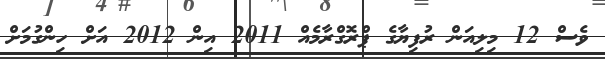
ވެސް 12 މިލިއަން ރުފިޔާގެ ޕްރޮގްރާމެއް 2011 އިން 2012 އަށް ހިންގުމަށް